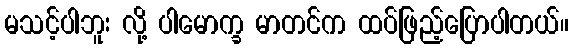
မသင့်ပါဘူး လို့ ပါမောက္ခ မာတင်က ထပ်ဖြည့်ပြောပါတယ်။